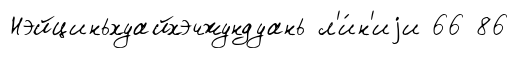
Нэйциньхуайхэчжундуань л'и́н'иjи 66 86